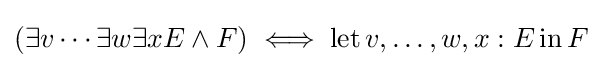
(\exists v\cdots \exists w\exists xE\land F)\iff \operatorname {let} v,\ldots ,w,x:E\operatorname {in} F